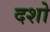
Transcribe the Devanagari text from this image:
दशो